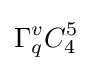
\Gamma _{q}^{v}C_{4}^{5}